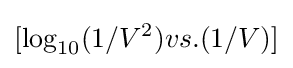
[\log _{10}(1/V^{2})vs.(1/V)]